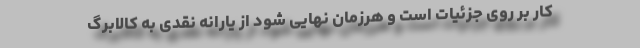
کار بر روی جزئیات است و هرزمان نهایی شود از یارانه نقدی به کالابرگ